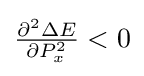
{\tfrac {\partial ^{2}\Delta E}{\partial P_{x}^{2}}}<0